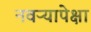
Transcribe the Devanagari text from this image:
नवऱ्यापेक्षा